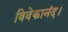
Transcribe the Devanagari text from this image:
विवेकानंद।